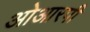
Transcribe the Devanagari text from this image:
ओआरपी